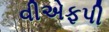
વીએફપી